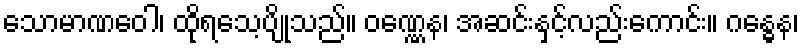
သောမာဏဝေါ၊ ထိုရသေ့ပျိုသည်။ ဝဏ္ဏေန၊ အဆင်းနှင့်လည်းကောင်း။ ဂန္ဓေန၊